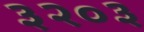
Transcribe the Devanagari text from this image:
३२०३